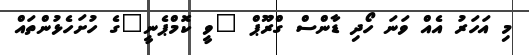
މި އަހަރު އެއް ވަނަ ހޯދި ޑާންސް ގްރޫޕް "ވީ ކޮމްޕެނީ"ގެ ހުށަހެޅުންތައް